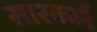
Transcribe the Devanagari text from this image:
सारकारें